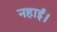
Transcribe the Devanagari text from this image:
नहाई।